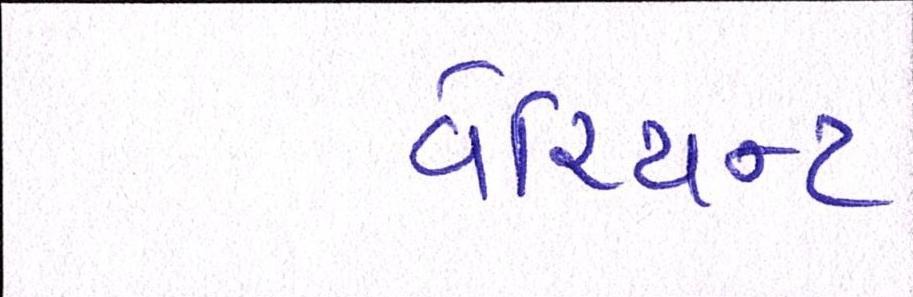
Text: વેરિયન્ટ